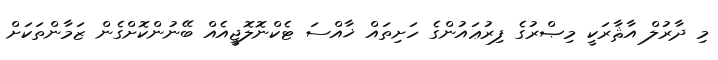
މި ދާރުލް އާޘާރަކީ މިޞްރުގެ ފިރުޢައުންގެ ހަށިތައް ޚާއްސަ ޓެކްނޮލޮޖީއެއް ބޭނުންކޮށްގެން ޒަމާންތަކަށް